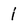
Character: 1